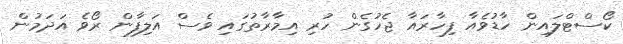
ކޯސްޓްލައިން ހާޑުވެއާ ފިހާރައާ ޖެހުގެން ހުރި އިމާރާތުގައި ވެސް އަލިފާން ރޯވެ އަދަމުން